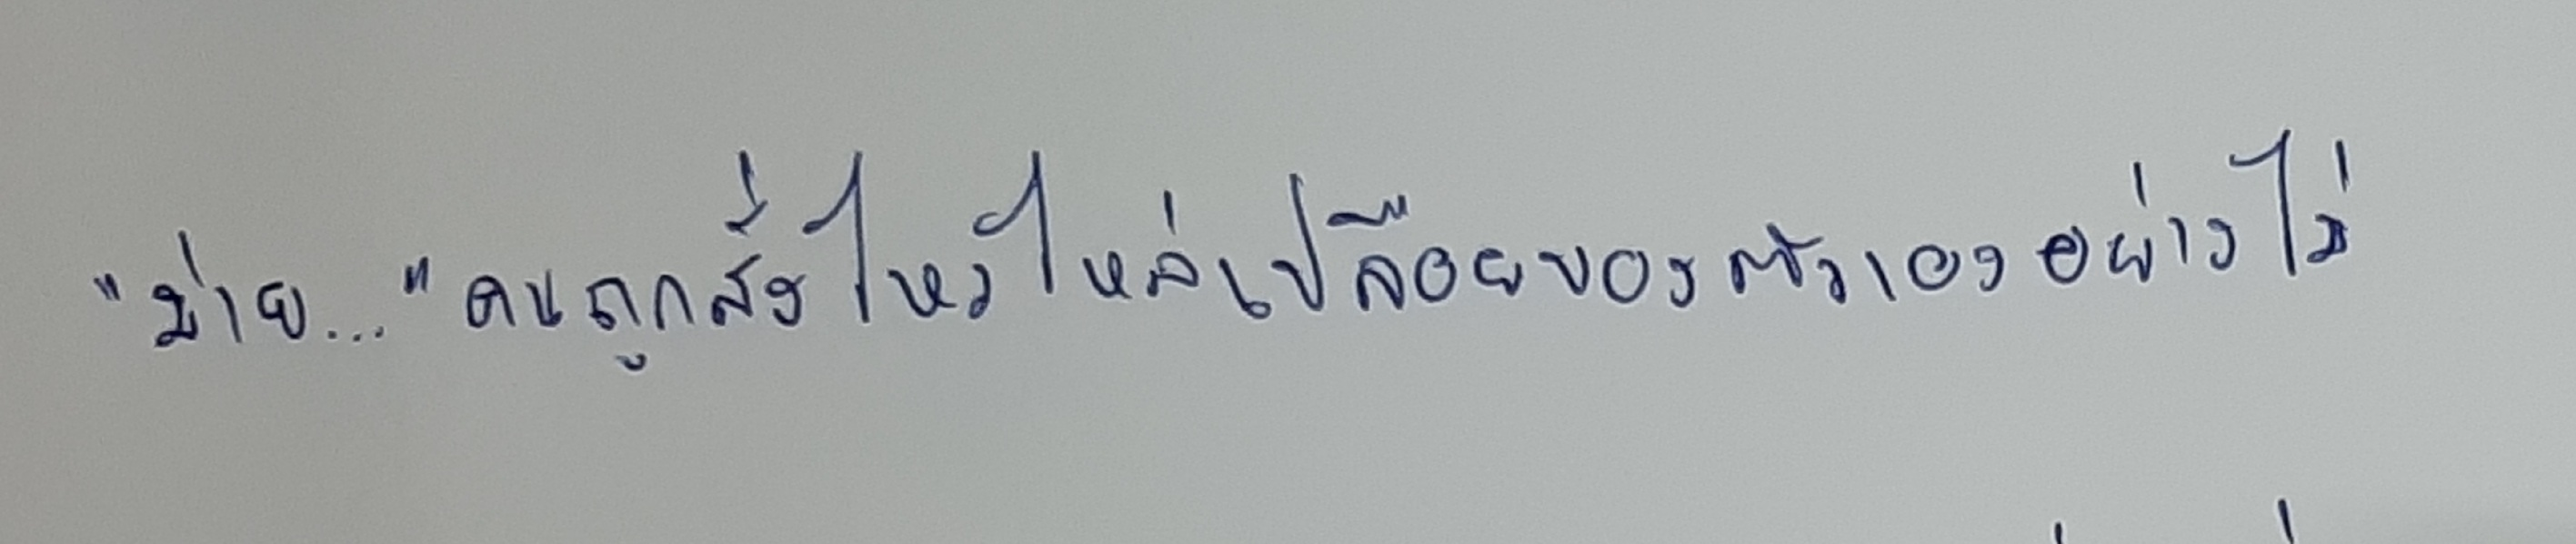
"ม่าย..."คนถูกสั่งไหวไหล่เปลือยของตัวเองอย่างไม่